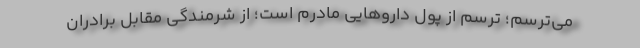
می‌ترسم؛ ترسم از پول داروهایی مادرم است؛ از شرمندگی مقابل برادران